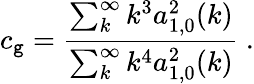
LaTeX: c_{\mathtt{g}}=\frac{{\sum_{k}^{\infty}k^{3}a_{1,0}^{2}(k)}}{{\sum_{k}^{\infty}k^{4}a_{1,0}^{2}(k)}}\ .